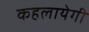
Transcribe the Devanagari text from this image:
कहलायेगी